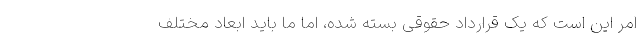
امر این است که یک قرارداد حقوقی بسته شده، اما ما باید ابعاد مختلف